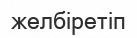
желбіретіп